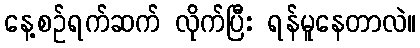
နေ့စဉ်ရက်ဆက် လိုက်ပြီး ရန်မူနေတာလဲ။